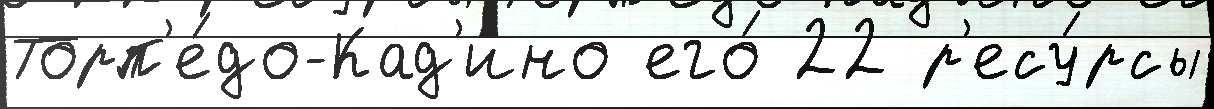
Торп'е́до-Кад'ино его́ 22 р'есу́рсы